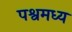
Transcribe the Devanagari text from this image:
पश्वमध्य